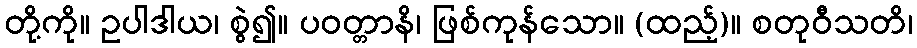
တို့ကို။ ဥပါဒါယ၊ စွဲ၍။ ပဝတ္တာနိ၊ ဖြစ်ကုန်သော။ (ထည့်)။ စတုဝီသတိ၊